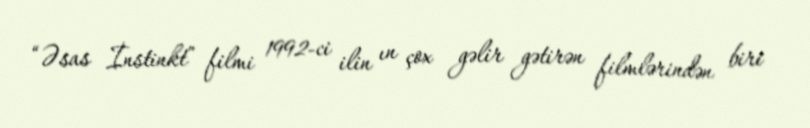
“Əsas İnstinkt” filmi 1992-ci ilin ın çox gəlir gətirən filmlərindən biri